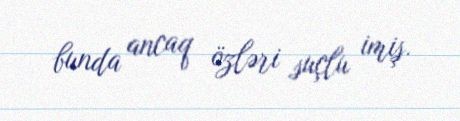
bunda ancaq özləri suçlu imiş.